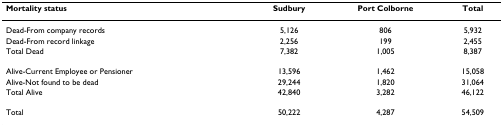
<table><thead><tr><td><b>Mortality status</b></td><td><b>Sudbury</b></td><td><b>Port Colborne</b></td><td><b>Total</b></td></tr></thead><tbody><tr><td>Dead-From company records</td><td>5,126</td><td>806</td><td>5,932</td></tr><tr><td>Dead-From record linkage</td><td>2,256</td><td>199</td><td>2,455</td></tr><tr><td>Total Dead</td><td>7,382</td><td>1,005</td><td>8,387</td></tr><tr><td>Alive-Current Employee or Pensioner</td><td>13,596</td><td>1,462</td><td>15,058</td></tr><tr><td>Alive-Not found to be dead</td><td>29,244</td><td>1,820</td><td>31,064</td></tr><tr><td>Total Alive</td><td>42,840</td><td>3,282</td><td>46,122</td></tr><tr><td>Total</td><td>50,222</td><td>4,287</td><td>54,509</td></tr></tbody></table>